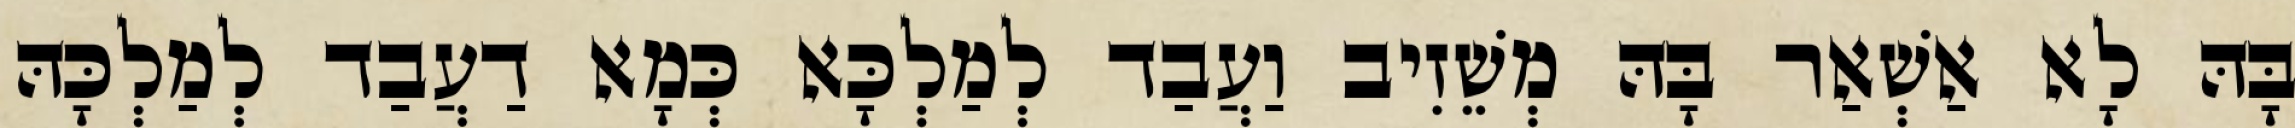
בָּהּ לָא אַשְׁאַר בָּהּ מְשֵׁזִיב וַעֲבַד לְמַלְכָּא כְּמָא דַעֲבַד לְמַלְכָּהּ